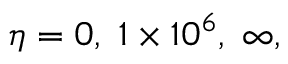
\eta = 0 , \; 1 \times 1 0 ^ { 6 } , \; \infty ,